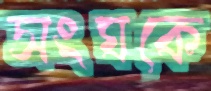
সংঘকে